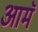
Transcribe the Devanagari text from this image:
आमॅ